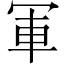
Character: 軍